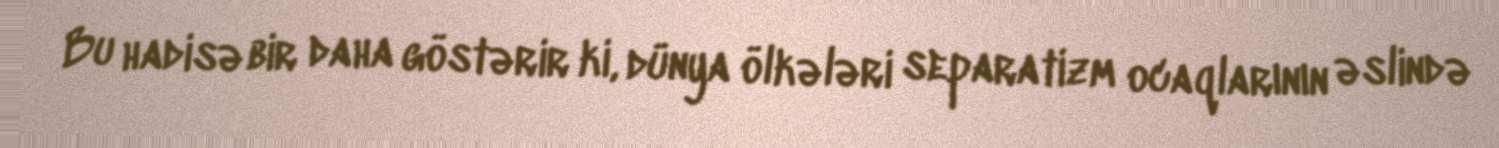
Bu hadisə bir daha göstərir ki, dünya ölkələri separatizm ocaqlarının əslində